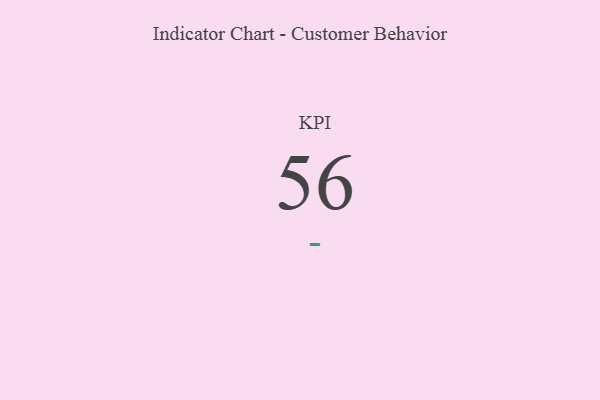
{"axis": {"x": "KPI", "y": "Value"}, "legend": [""], "data": [{"x": "KPI", "y": 56, "type": ""}]}